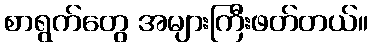
စာရွက်တွေ အများကြီးဖတ်တယ်။